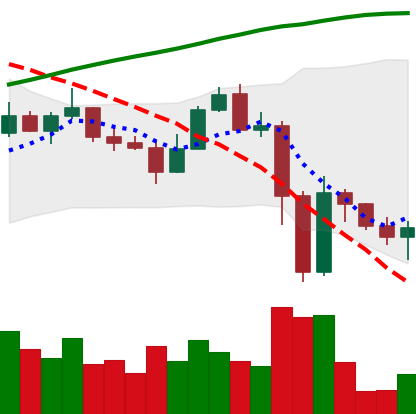
Ticker: ETC-USD
Chart end date: 2022-11-14
Forward return: -4.297%
Label: down_3_5